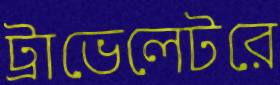
ট্রাভেলেটরে